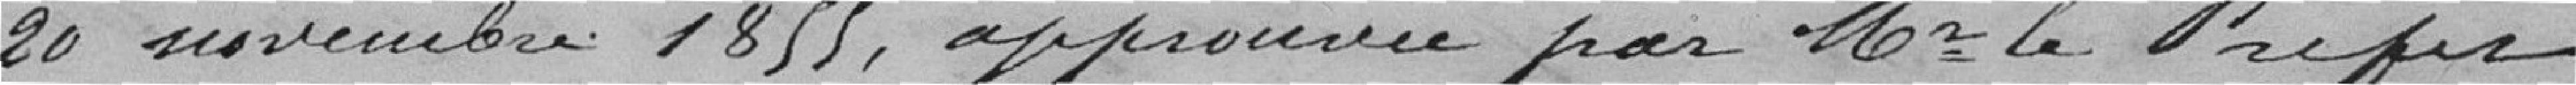
20 novembre 185, approuvée par Monsieur le Préfet